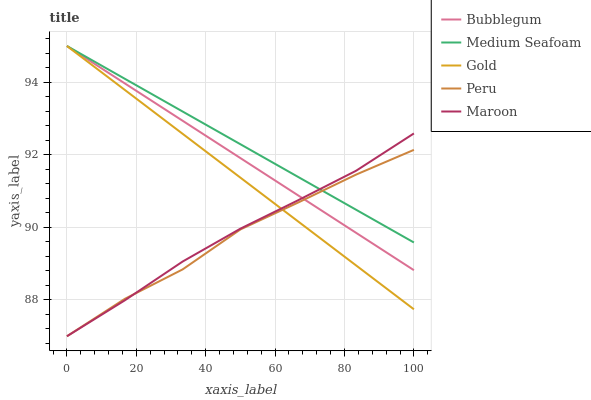
| xaxis_label | Bubblegum | Medium Seafoam | Gold | Peru | Maroon |
 | --- | --- | --- | --- | --- | --- |
 | 0 | 95 | 95 | 95 | 87 | 87 |
 | 16.7 | 94 | 94.1 | 93.8 | 88 | 88 |
 | 33.3 | 92.9 | 93.2 | 92.6 | 88.8 | 89.1 |
 | 50 | 91.9 | 92.3 | 91.4 | 89.9 | 90 |
 | 66.7 | 90.9 | 91.4 | 90.2 | 90.7 | 90.8 |
 | 83.3 | 89.9 | 90.5 | 89 | 91.5 | 91.6 |
 | 100 | 88.8 | 89.6 | 87.7 | 92.1 | 92.6 |